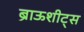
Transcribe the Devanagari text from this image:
ब्राऊशीट्स